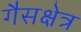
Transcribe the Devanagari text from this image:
गैसक्षेत्र